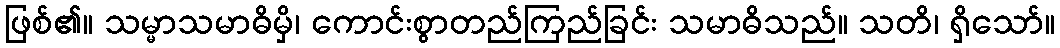
ဖြစ်၏။ သမ္မာသမာဓိမှိ၊ ကောင်းစွာတည်ကြည်ခြင်း သမာဓိသည်။ သတိ၊ ရှိသော်။